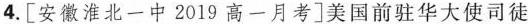
4. [安徽淮北一中2019高一月考]美国前驻华大使司徒